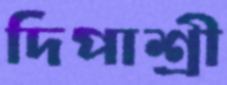
দিপাশ্রী